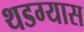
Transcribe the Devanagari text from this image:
थडग्यास